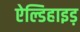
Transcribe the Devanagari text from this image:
ऐल्डिहाइड़